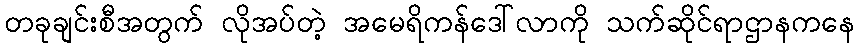
တခုချင်းစီအတွက် လိုအပ်တဲ့ အမေရိကန်ဒေါ်လာကို သက်ဆိုင်ရာဌာနကနေ